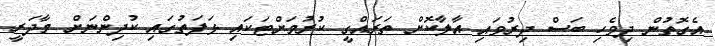
އެގޮތުން ދިވެހި ބަސް ދިރުވައި އާލާކޮށް ތަރައްގީ ކުރުމަށްޓަކައި ޅަފަތުގައި ކުދިންނަށް މާދަރީ